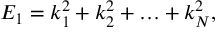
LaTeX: E _ { 1 } = k _ { 1 } ^ { 2 } + k _ { 2 } ^ { 2 } + \ldots + k _ { N } ^ { 2 } ,